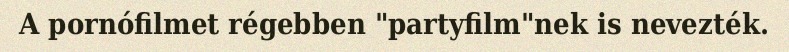
A pornófilmet régebben "partyfilm"nek is nevezték.